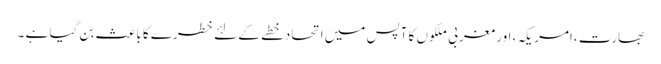
بھارت ،امریکہ ،اور مغربی ملکوں کا آپس میں اتحادخطے کے لئے خطرے کا باعث بن گیا ہے ۔